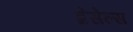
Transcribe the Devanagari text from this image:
ब्रेसेल्स